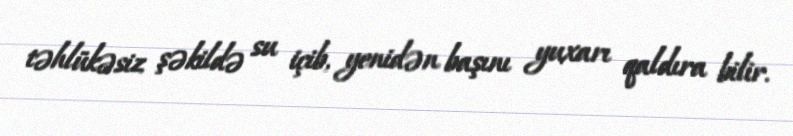
təhlükəsiz şəkildə su içib, yenidən başını yuxarı qaldıra bilir.